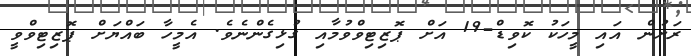
ރަށުން އައި މީހަކު ކޮވިޑް-19 އަށް ޕޮޒިޓިވްވުމާއި ގުޅިގެންނެވެ. އެމީހާ ބައްޔަށް ޕޮޒިޓިވްވީ